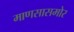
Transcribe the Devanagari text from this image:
माणसासमोर